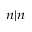
_ { n | n }